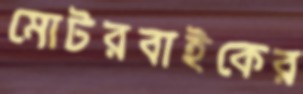
মোটরবাইকের